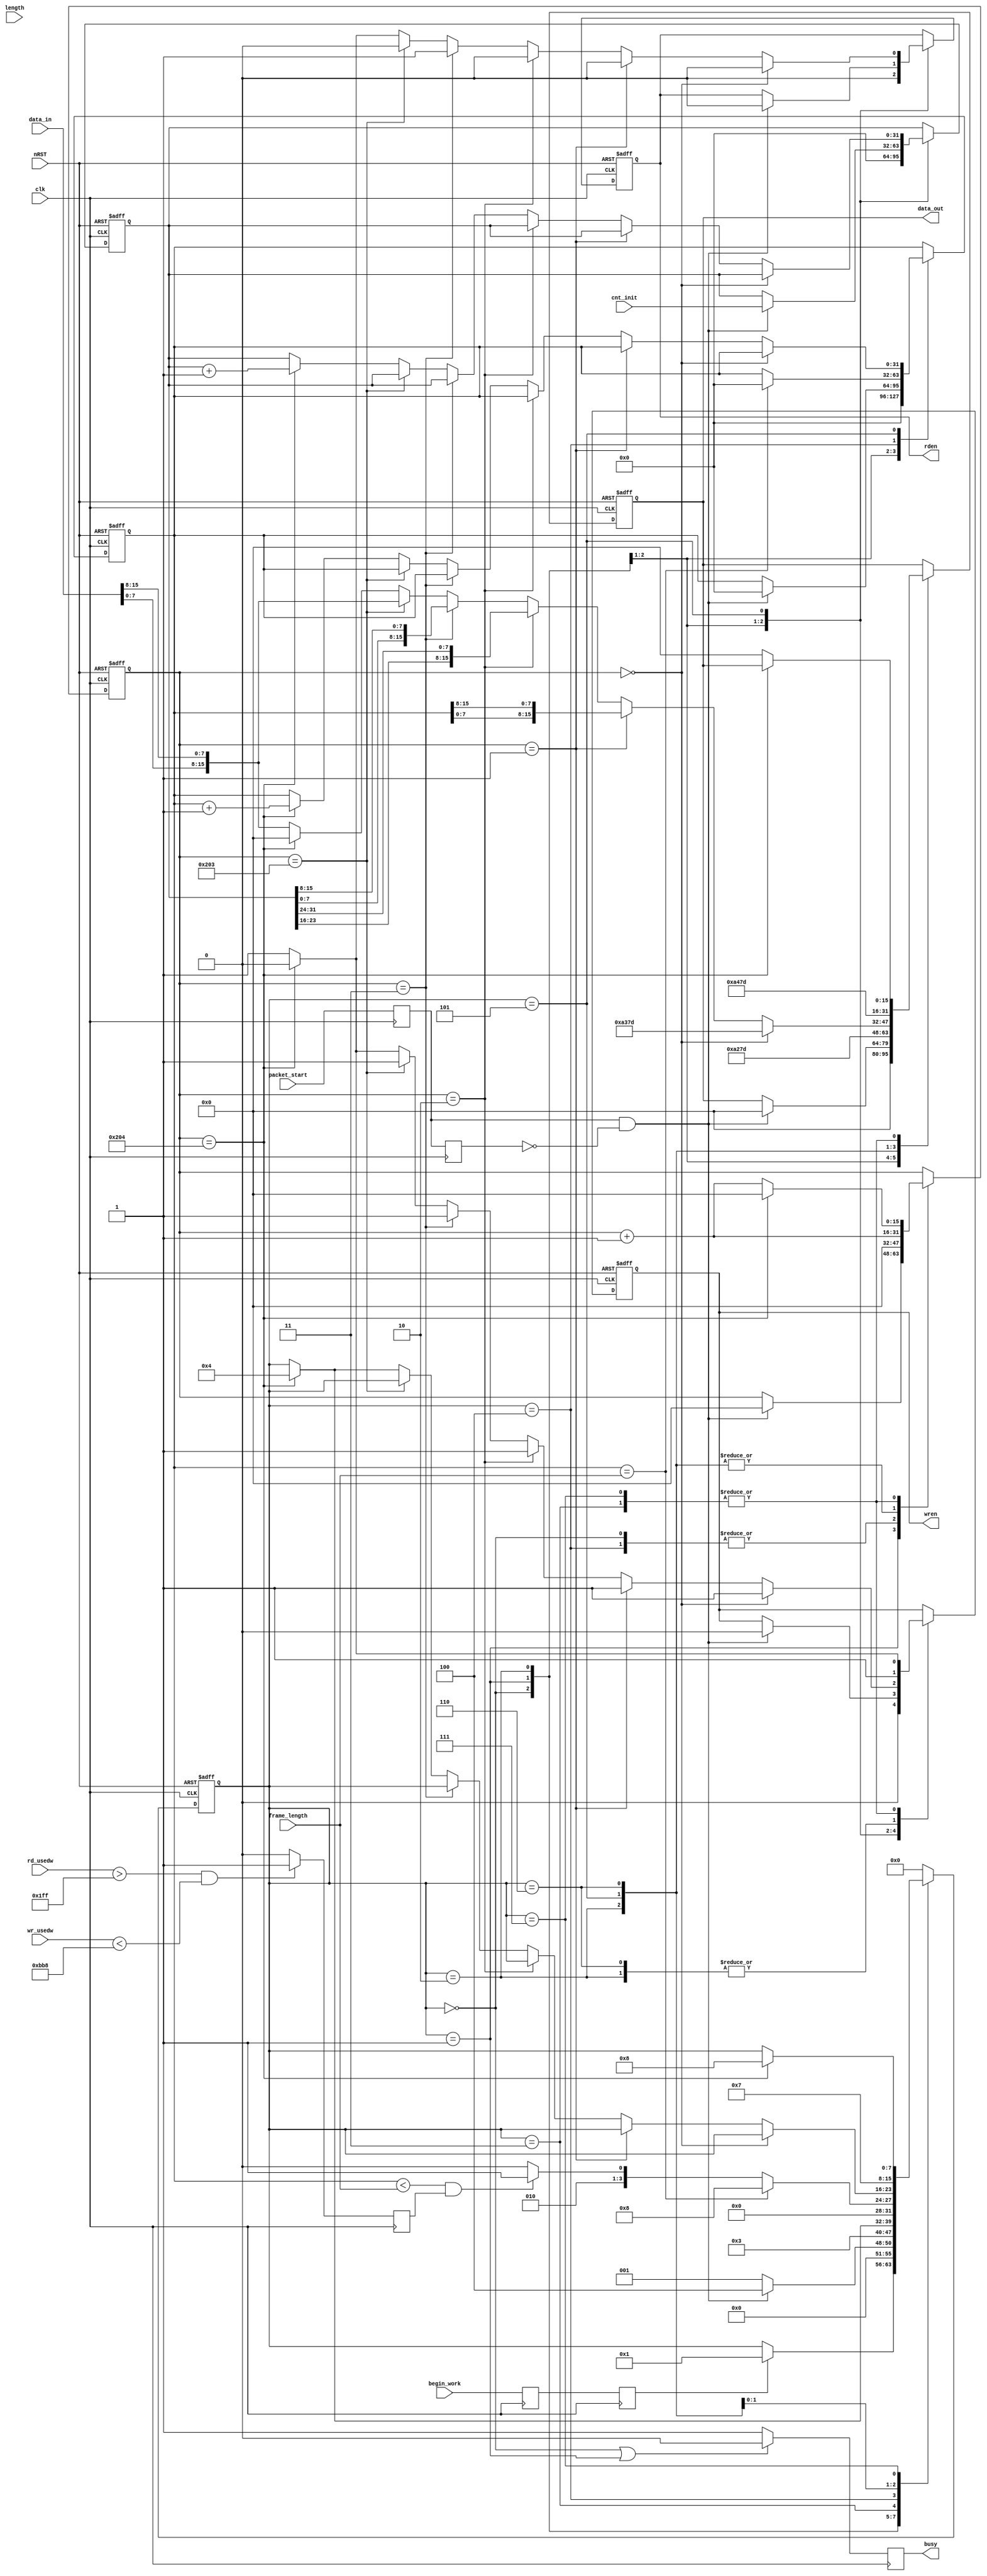
module udp_ctrl(
	input clk,//----------------
	input nRST,//---------------0 is active
	
	input begin_work,//-----------------------------NIOS
	input [15:0] length,//--------------------------NIOS
	
	input packet_start,//---------------------------8MB
	input [31:0] cnt_init,//------------------------8M
	
	input [13:0] rd_usedw,
	input [12:0] wr_usedw,	
	
	input [15:0] data_in,
	output reg rden,
	
    input [15:0] frame_length,
	
	output reg[15:0] data_out,
	output reg wren,
	
	output reg busy
	);

//===================================
//
//===================================
reg [7:0] state;
reg [15:0] countp;
reg [31:0] count;
reg [31:0] cnt;
reg begin_reg0,begin_reg1;//------------------------begin_work
reg packet_start0,packet_start1;//------------------packet_start
reg fifo_ready;
//=====================================================================================
//=====================================================================================	
always @(posedge clk)
begin
	begin_reg0 <= begin_work;
	begin_reg1 <= begin_reg0;
end	

always @(posedge clk)
begin
	packet_start0 <= packet_start;
	packet_start1 <= packet_start0;
end	

always @(posedge clk)
begin
	if((rd_usedw > 14'd511) && (wr_usedw < 13'd3000))
		fifo_ready <= 1'b1;
	else
		fifo_ready <= 1'b0;
end	
//=====================================================================================
//	
//=====================================================================================	
always @(posedge clk or negedge nRST)
begin
	if(!nRST)
		begin
			rden <= 1'b0;
			data_out <= 16'd0;
			wren <= 1'b0;
			cnt <= 32'd0;
			count <= 32'd0;
			countp <= 16'd0;
			state <= 8'd0;
		end	
	else
		case(state)
		8'd0:
			begin
				rden <= 1'b0;
				data_out <= 16'd0;
				wren <= 1'b0;
				cnt <= 32'd0;
				count <= 32'd0;
				countp <= 16'd0;
				if(begin_reg1)
					state <= 8'd1;
			end	
		8'd1:
			begin
				if(packet_start0 && !packet_start1)
					begin
						rden <= 1'b0;
						data_out <= 16'd0;
						wren <= 1'b0;
						cnt <= cnt_init;
						count <= 32'd0;
						countp <= 16'd0;
//						state <= 8'd2;
						state <= 8'd4;
					end	
				else
					state <= 8'd1;
			end	
		8'd2:
			begin
//				data_out <= 16'h7da2;//--------------8M
				data_out <= 16'ha27d;//--------------8M
				wren <= 1'b1;
				countp <= countp + 1'b1;
				state <= 8'd3;
			end
		8'd3:
			begin
				if(countp  == 16'd516)
				begin
					wren <= 1'b0;
					countp <= 16'd0;
					state <= 8'd4;
				end
				else
				begin
					data_out <= 16'd0;
					wren <= 1'b1;
					countp <= countp + 1'b1;
				end		
			end
		8'd4:
			begin
				if(count == frame_length)
//				if(count == 32'd65536)
				begin
					countp <= 16'd0;
					count <= 32'd0;
//					state <= 8'd6;
					state <= 8'd8;
				end
				else if((count < frame_length) && (fifo_ready))	
				begin	
					countp <= 16'd0;
					state <= 8'd5;
				end
				else
					begin
						countp <= 16'd0;
						state <= 8'd4;
					end		
			end
		8'd5:
			begin	
				countp <= countp + 1'b1;
				if(countp  == 16'd0)
				begin
					rden <= 1'b0;
					wren <= 1'b1;
//					data_out <= 16'h7da3;
					data_out <= 16'ha37d;
				end
				else if(countp  == 16'd1)
				begin
					rden <= 1'b0;
					wren <= 1'b1;
//					data_out <= count;
					data_out <= {count[7:0],count[15:8]};
				end
				else if(countp  == 16'd2)
				begin
					rden <= 1'b0;
					wren <= 1'b1;
//					data_out <= cnt[31:16];
					data_out <= {cnt[23:16],cnt[31:24]};
				end
				else if(countp  == 16'd3)
				begin
					rden <= 1'b1;
					wren <= 1'b1;
//					data_out <= cnt[15:0];
					data_out <= {cnt[7:0],cnt[15:8]};
				end
				else if(countp  == 16'd515)
				begin
					rden <= 1'b0;
					wren <= 1'b1;
					data_out <= {data_in[7:0],data_in[15:8]};
				end
				else if(countp  == 16'd516)
				begin
					rden <= 1'b0;
					wren <= 1'b0;
					data_out <= 16'd0;
					cnt <= cnt + 1'b1;
					count <= count + 1'b1;
					state <= 8'd4;
				end
				else
				begin
					rden <= 1'b1;
					wren <= 1'b1;
					data_out <= {data_in[7:0],data_in[15:8]};
				end		
			end
		8'd6:
			begin
//				data_out <= 16'h7da4;//--------------8M
				data_out <= 16'ha47d;//--------------8M
				wren <= 1'b1;
				countp <= countp + 1'b1;
				state <= 8'd7;
			end	
		8'd7:
			begin
				if(countp  == 16'd516)
				begin
					wren <= 1'b0;
					countp <= 16'd0;
					state <= 8'd8;
				end
				else
				begin
					data_out <= 16'd0;
					wren <= 1'b1;
					countp <= countp + 1'b1;
				end		
			end	
		8'd8:
			begin
				state <= 8'd0;
			end	
		default:
				state <= 8'd0;
		endcase	
end		
//=====================================================================================	
always @(posedge clk)
begin
	if((state == 8'd0) || (state == 8'd1))
		busy <= 1'b0;
	else
		busy <= 1'b1;
end	
endmodule